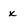
Character: x